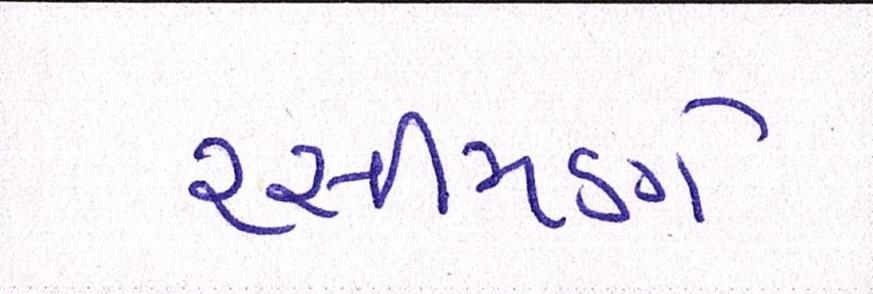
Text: રસીમણે